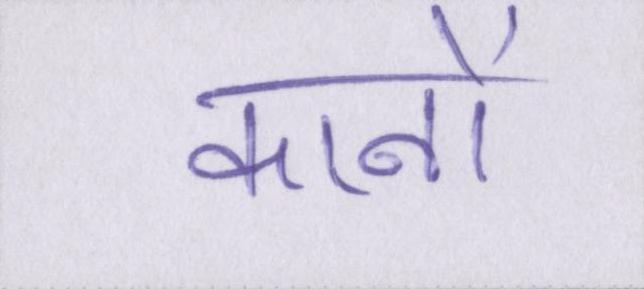
कानों